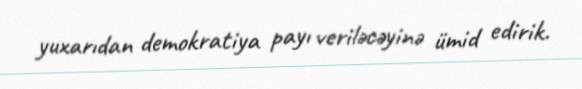
yuxarıdan demokratiya payı veriləcəyinə ümid edirik.